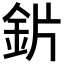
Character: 𬫄